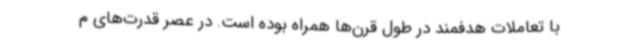
با تعاملات هدفمند در طول قرن‌ها همراه بوده است. در عصر قدرت‌های م